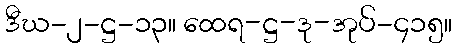
ဒီဃ-၂-ဋ္ဌ-၁၃။ ထေရ-ဋ္ဌ-ဒု-အုပ်-၄၁၅။